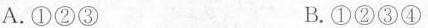
A. ①②③ B. ①②③④